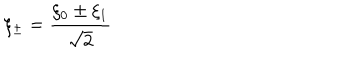
\xi _ { \pm } = \frac { \xi _ { 0 } \pm \xi _ { 1 } } { \sqrt { 2 } }